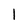
Character: l